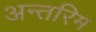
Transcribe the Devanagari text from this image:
अन्‍तरिम